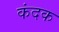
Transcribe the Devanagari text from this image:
कंदक